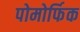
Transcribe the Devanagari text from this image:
पोमोर्फिक